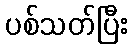
ပစ်သတ်ပြီး